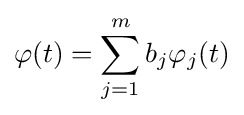
\varphi (t)=\sum _{j=1}^{m}b_{j}\varphi _{j}(t)